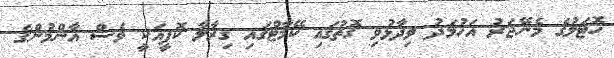
ހޮޓަލުގެ މެނޭޖަރު އަހުމަދު ވިދާޅުވި ގޮތުގައި ކޭމާޓްގައި ގިރާލާ ކޮފީއަކީ ވެސް އާންމުންގެ